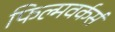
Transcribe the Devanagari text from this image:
फिल्मवर्कर्स